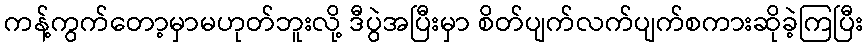
ကန့်ကွက်တော့မှာမဟုတ်ဘူးလို့ ဒီပွဲအပြီးမှာ စိတ်ပျက်လက်ပျက်စကားဆိုခဲ့ကြပြီး